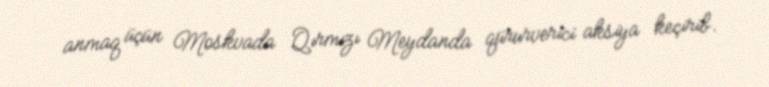
anmaq üçün Moskvada Qırmızı Meydanda qürurverici aksiya keçirib.